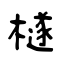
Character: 檖